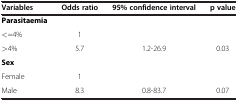
<table><thead><tr><td><b>Variables</b></td><td><b>Odds ratio</b></td><td><b>95% confidence interval</b></td><td><b>p value</b></td></tr></thead><tbody><tr><td><b>Parasitaemia</b></td><td> </td><td> </td><td> </td></tr><tr><td>&lt;=4%</td><td>1</td><td> </td><td> </td></tr><tr><td>&gt;4%</td><td>5.7</td><td>1.2-26.9</td><td>0.03</td></tr><tr><td><b>Sex</b></td><td> </td><td> </td><td> </td></tr><tr><td>Female</td><td>1</td><td> </td><td> </td></tr><tr><td>Male</td><td>8.3</td><td>0.8-83.7</td><td>0.07</td></tr></tbody></table>